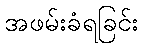
အဖမ်းခံရခြင်း